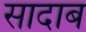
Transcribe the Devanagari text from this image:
सादाब